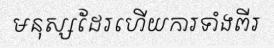
មនុស្សដែរហើយការទាំងពីរ